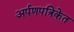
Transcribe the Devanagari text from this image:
अर्पणपत्रिकेत